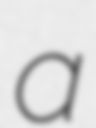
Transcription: a